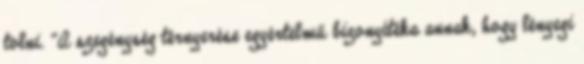
tolni. "A szegénység térnyerése egyértelmű bizonyítéka annak, hogy lényegi